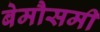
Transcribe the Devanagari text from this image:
बेमौसमी